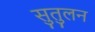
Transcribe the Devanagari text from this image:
सुतुलन